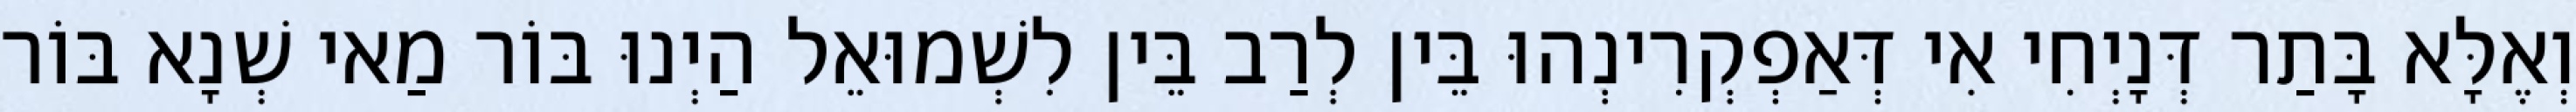
וְאֶלָּא בָּתַר דְּנָיְחִי אִי דְּאַפְקְרִינְהוּ בֵּין לְרַב בֵּין לִשְׁמוּאֵל הַיְנוּ בּוֹר מַאי שְׁנָא בּוֹר